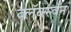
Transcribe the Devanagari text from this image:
ब्लॅक्स्वॅन